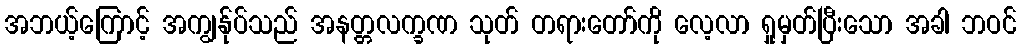
အဘယ့်ကြောင့် အကျွန်ုပ်သည် အနတ္တလက္ခဏ သုတ် တရားတော်ကို လေ့လာ ရှုမှတ်ပြီးသော အခါ ဘဝင်